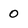
Character: 0